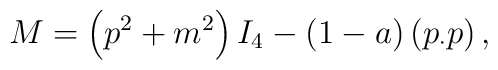
M=\left( p^2+m^2 \right) I_4-(1-a) \left( p_{\cdot }p\right),